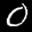
Label: 0